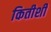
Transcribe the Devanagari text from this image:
कितीशी